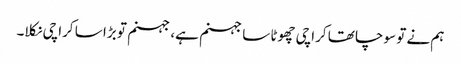
ہم نے تو سوچا تھا کراچی چھوٹا سا جہنم ہے، جہنم تو بڑا سا کراچی نکلا۔